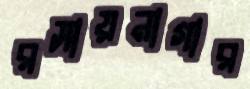
রসায়নাগার